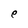
Character: e